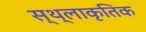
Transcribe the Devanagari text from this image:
स्थ्लाकृतिक